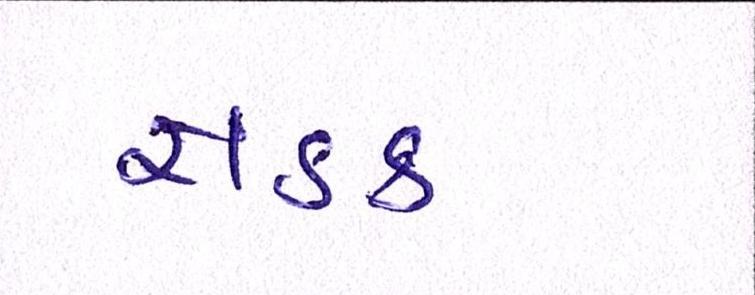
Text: સડક